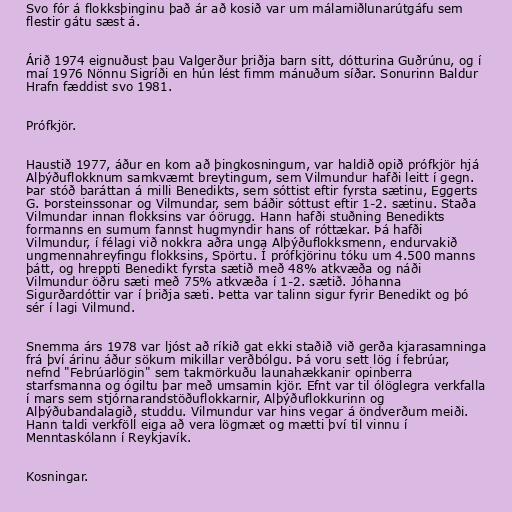
Svo fór á flokksþinginu það ár að kosið var um málamiðlunarútgáfu sem
flestir gátu sæst á.

Árið 1974 eignuðust þau Valgerður þriðja barn sitt, dótturina Guðrúnu, og í
maí 1976 Nönnu Sigríði en hún lést fimm mánuðum síðar. Sonurinn Baldur
Hrafn fæddist svo 1981.

Prófkjör.

Haustið 1977, áður en kom að þingkosningum, var haldið opið prófkjör hjá
Alþýðuflokknum samkvæmt breytingum, sem Vilmundur hafði leitt í gegn.
Þar stóð baráttan á milli Benedikts, sem sóttist eftir fyrsta sætinu, Eggerts
G. Þorsteinssonar og Vilmundar, sem báðir sóttust eftir 1-2. sætinu. Staða
Vilmundar innan flokksins var óörugg. Hann hafði stuðning Benedikts
formanns en sumum fannst hugmyndir hans of róttækar. Þá hafði
Vilmundur, í félagi við nokkra aðra unga Alþýðuflokksmenn, endurvakið
ungmennahreyfingu flokksins, Spörtu. Í prófkjörinu tóku um 4.500 manns
þátt, og hreppti Benedikt fyrsta sætið með 48% atkvæða og náði
Vilmundur öðru sæti með 75% atkvæða í 1-2. sætið. Jóhanna
Sigurðardóttir var í þriðja sæti. Þetta var talinn sigur fyrir Benedikt og þó
sér í lagi Vilmund.

Snemma árs 1978 var ljóst að ríkið gat ekki staðið við gerða kjarasamninga
frá því árinu áður sökum mikillar verðbólgu. Þá voru sett lög í febrúar,
nefnd "Febrúarlögin" sem takmörkuðu launahækkanir opinberra
starfsmanna og ógiltu þar með umsamin kjör. Efnt var til ólöglegra verkfalla
í mars sem stjórnarandstöðuflokkarnir, Alþýðuflokkurinn og
Alþýðubandalagið, studdu. Vilmundur var hins vegar á öndverðum meiði.
Hann taldi verkföll eiga að vera lögmæt og mætti því til vinnu í
Menntaskólann í Reykjavík.

Kosningar.